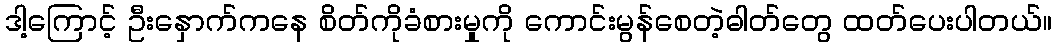
ဒါ့ကြောင့် ဦးနှောက်ကနေ စိတ်ကိုခံစားမှုကို ကောင်းမွန်စေတဲ့ဓါတ်တွေ ထတ်ပေးပါတယ်။